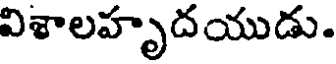
విశాలహృదయుడు.